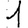
Digit: 1